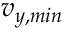
v _ { y , m i n }